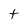
Character: t